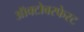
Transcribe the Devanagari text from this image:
ऑक्टोबरफेस्ट